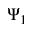
\Psi _ { 1 }